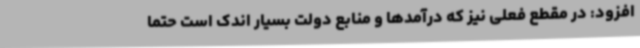
افزود: در مقطع فعلی نیز که درآمدها و منابع دولت بسیار اندک است حتماً